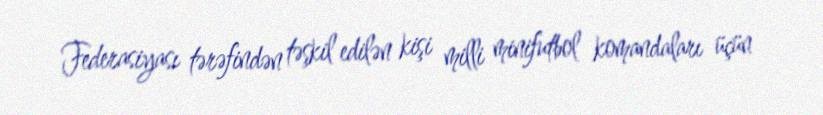
Federasiyası tərəfindən təşkil edilən kişi milli minifutbol komandaları üçün